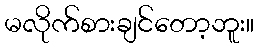
မလိုက်စားချင်တော့ဘူး။